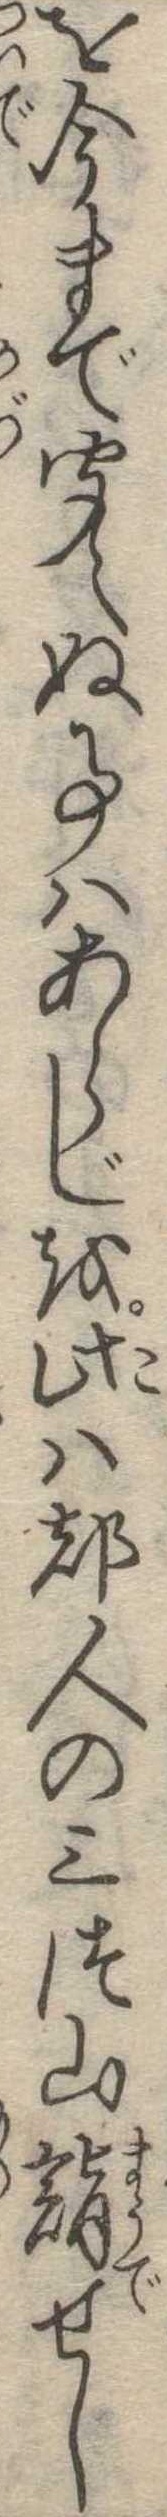
を今まで聞えぬ事はあらじを此は都人の三つ山詣せし